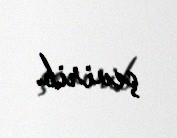
çevirib.